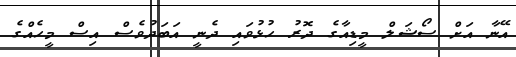
އޭނާ އަށް ސޯޝަލް މީޑިއާގެ ދޮރު ހުޅުވައި ދެނީ އަބަދުވެސް އިސް މީހެއްގެ